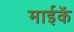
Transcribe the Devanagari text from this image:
माईकें